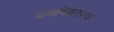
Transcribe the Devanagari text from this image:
प्राथमिकरीत्या